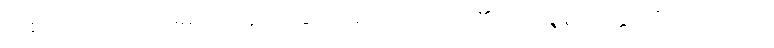
တစ်ဘက်သောအဖို့မှ။ ဝုဋ္ဌာနံ၊ ထခြင်းသည်။ ဟောတိ၊ ၏။ ပုထုဇ္ဇနဂေါတ္တာဘိဘဝနတော၊